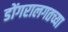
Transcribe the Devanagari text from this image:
डोंगरालगतच्या